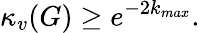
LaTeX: \kappa_{v}(G)\geq e^{-2k_{max}}.